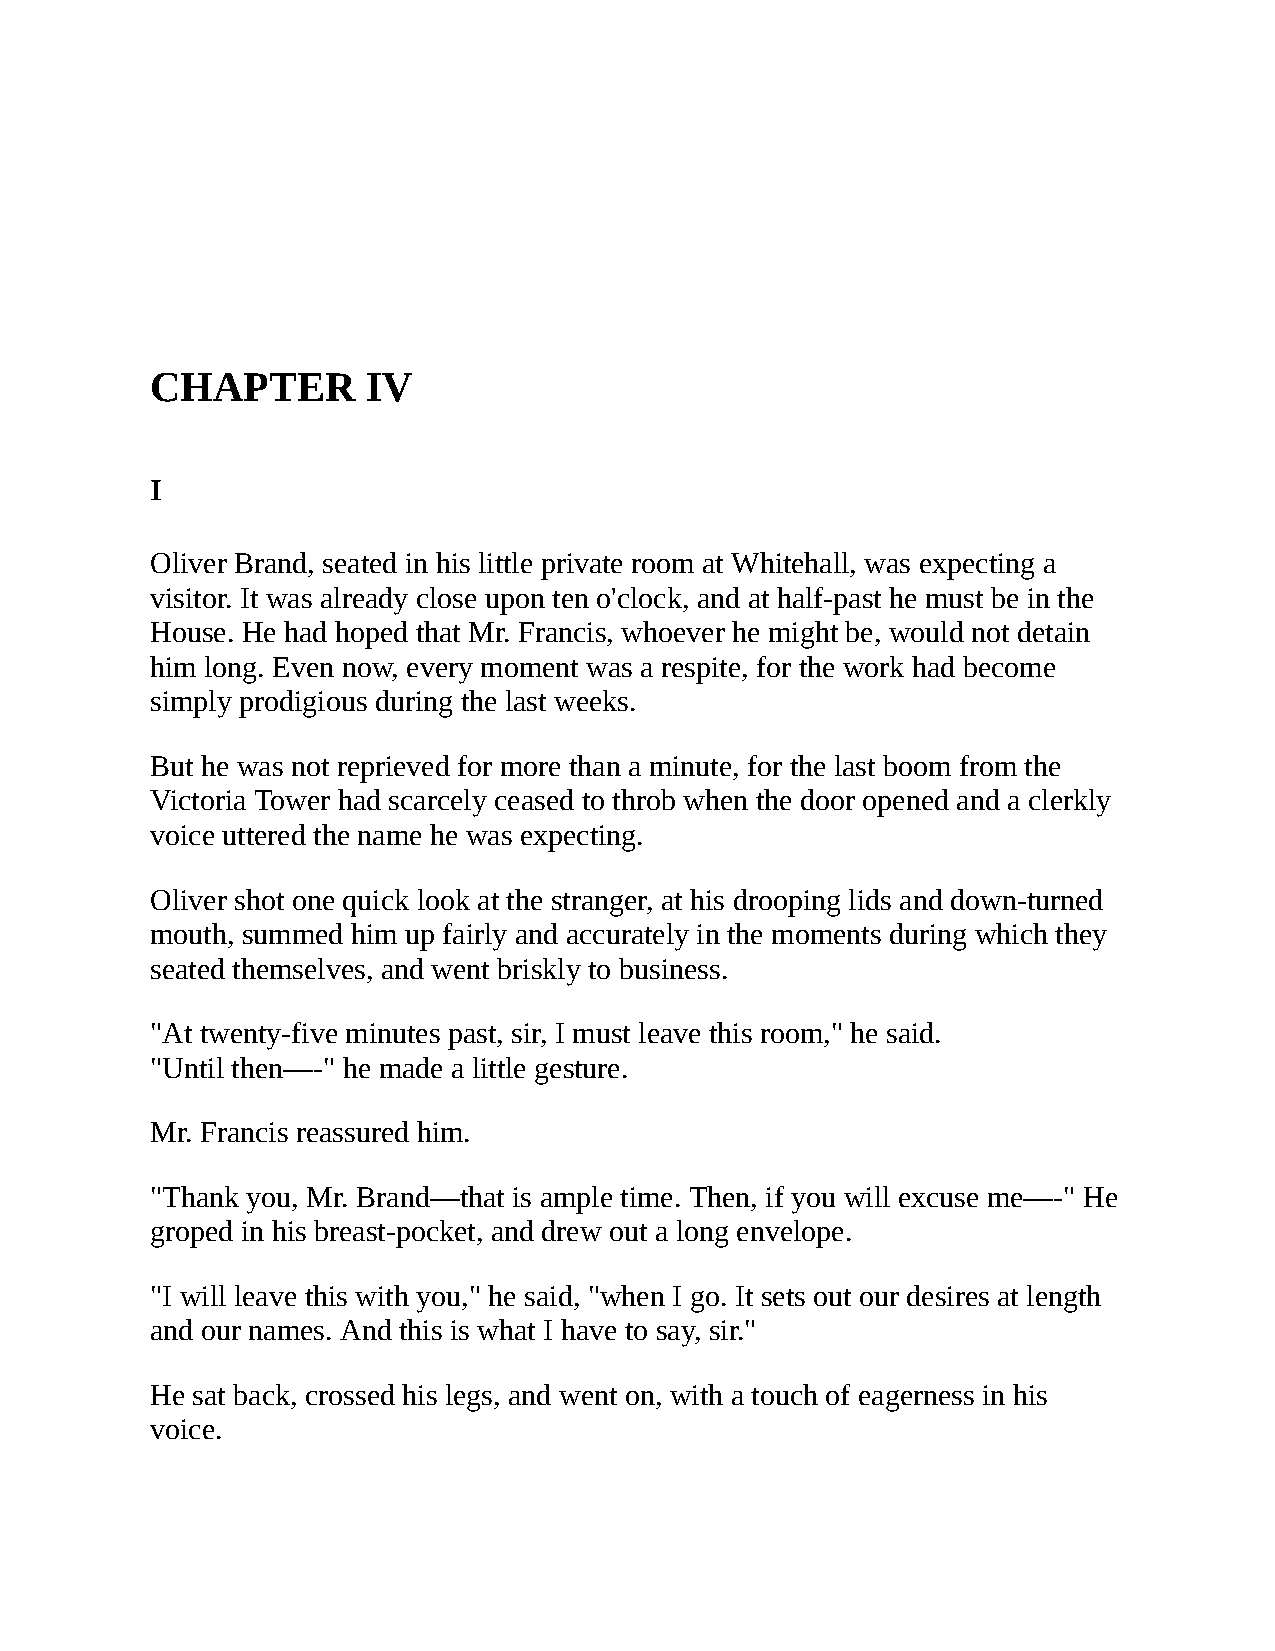
CHAPTER       IV
 I
 Oliver Brand, seated in his little private room at Whitehall, was expecting a
 visitor. It was already close upon ten o'clock, and at half-past he must be in the
 House. He had hoped that Mr. Francis, whoever he might be, would not detain
 him long. Even now, every moment was a respite, for the work had become
 simply prodigious during the last weeks.
 But he was not reprieved for more than a minute, for the last boom from the
 Victoria Tower had scarcely ceased to throb when the door opened and a clerkly
 voice uttered the name he was expecting.
 Oliver shot one quick look at the stranger, at his drooping lids and down-turned
 mouth, summed him up fairly and accurately in the moments during which they
 seated themselves, and went briskly to business.
 "At twenty-five minutes past, sir, I must leave this room," he said.
 "Until then—-" he made a little gesture.
 Mr. Francis reassured him.
 "Thank you, Mr. Brand—that is ample time. Then, if you will excuse me—-" He
 groped in his breast-pocket, and drew out a long envelope.
 "I will leave this with you," he said, "when I go. It sets out our desires at length
 and our names. And this is what I have to say, sir."
 He sat back, crossed his legs, and went on, with a touch of eagerness in his
 voice.